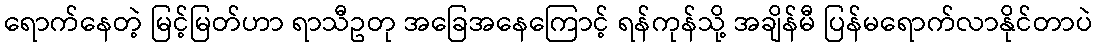
ရောက်နေတဲ့ မြင့်မြတ်ဟာ ရာသီဥတု အခြေအနေကြောင့် ရန်ကုန်သို့ အချိန်မီ ပြန်မရောက်လာနိုင်တာပဲ